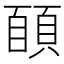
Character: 𩓑